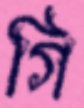
গি